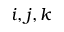
i , j , k